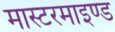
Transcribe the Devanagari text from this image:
मास्टरमाइण्ड